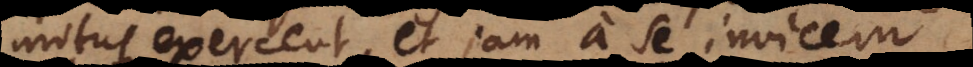
motus exercent, et jam a se invicem